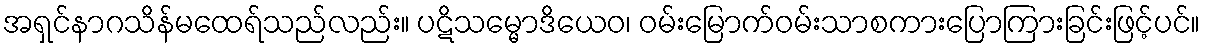
အရှင်နာဂသိန်မထေရ်သည်လည်း။ ပဋိသမ္မောဒိယေဝ၊ ဝမ်းမြောက်ဝမ်းသာစကားပြောကြားခြင်းဖြင့်ပင်။